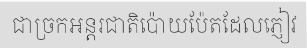
ជាច្រកអន្តរជាតិប៉ោយប៉ែតដែលភ្ញៀវ